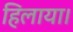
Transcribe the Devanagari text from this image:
हिलाया।